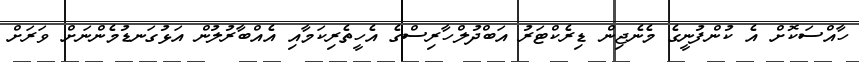
ހާއްސަކޮށް އެ ކުންފުނީގެ މެނެޖިން ޑިރެކްޓަރު އަބްދުލްހާރިސްގެ އެހީތެރިކަމާއި އެއްބާރުލުން އަޅުގަނޑުމެންނަށް ވަރަށް